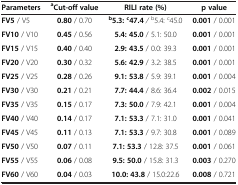
<table><thead><tr><td><b>Parameters</b></td><td><b><sup>a</sup>Cut-off value</b></td><td><b>RILI rate (%)</b></td><td><b>p value</b></td></tr></thead><tbody><tr><td><b>FV5</b> / V5</td><td><b>0.80</b> / 0.70</td><td><sup><b>b</b></sup><b>5.3:</b><sup><b>c</b></sup><b>47.4</b><i>/</i><sup>b</sup>5.4: <sup>c</sup>45.0</td><td><b>0.001</b> / 0.001</td></tr><tr><td><b>FV10</b> / V10</td><td><b>0.45</b> / 0.56</td><td><b>5.4: 45.0</b> / 5.1: 50.0</td><td><b>0.001</b> / 0.001</td></tr><tr><td><b>FV15</b> / V15</td><td><b>0.40</b> / 0.40</td><td><b>2.9: 43.5</b> / 0.0: 39.3</td><td><b>0.001</b> / 0.001</td></tr><tr><td><b>FV20</b> / V20</td><td><b>0.30</b> / 0.32</td><td><b>5.6: 42.9</b> / 3.2: 38.5</td><td><b>0.001</b> / 0.001</td></tr><tr><td><b>FV25</b> / V25</td><td><b>0.28</b> / 0.26</td><td><b>9.1: 53.8</b> / 5.9: 39.1</td><td><b>0.001</b> / 0.004</td></tr><tr><td><b>FV30</b> / V30</td><td><b>0.21</b> / 0.21</td><td><b>7.7: 44.4</b> / 8.6: 36.4</td><td><b>0.002</b> / 0.015</td></tr><tr><td><b>FV35</b> / V35</td><td><b>0.15</b> / 0.17</td><td><b>7.3: 50.0</b> / 7.9: 42.1</td><td><b>0.001</b> / 0.004</td></tr><tr><td><b>FV40</b> / V40</td><td><b>0.14</b> / 0.17</td><td><b>7.1: 53.3</b> / 7.1: 31.0</td><td><b>0.001</b> / 0.041</td></tr><tr><td><b>FV45</b> / V45</td><td><b>0.11</b> / 0.13</td><td><b>7.1: 53.3</b> / 9.7: 30.8</td><td><b>0.001</b> / 0.089</td></tr><tr><td><b>FV50</b> / V50</td><td><b>0.07</b> / 0.11</td><td><b>7.1: 53.3</b> / 12.8: 37.5</td><td><b>0.001</b> / 0.061</td></tr><tr><td><b>FV55</b> / V55</td><td><b>0.06</b> / 0.08</td><td><b>9.5: 50.0</b> / 15.8: 31.3</td><td><b>0.003</b> / 0.270</td></tr><tr><td><b>FV60</b> / V60</td><td><b>0.04</b> / 0.03</td><td><b>10.0: 43.8</b> / 15.0:22.6</td><td><b>0.008</b> / 0.721</td></tr></tbody></table>